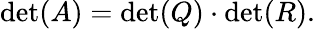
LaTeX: \operatorname*{det}(A)=\operatorname*{det}(Q)\cdot\operatorname*{det}(R).